Annual vaccination report of Bihar and Orissa - 1911-1928
Year: 1911
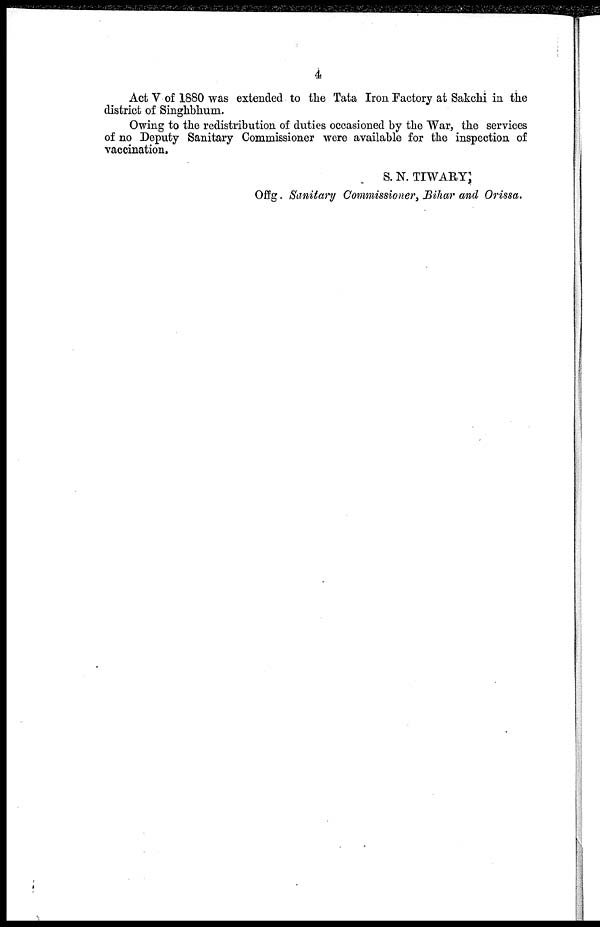
4
Act V of 1880 was extended to the Tata Iron Factory at Sakchi in the
district of Singhbhum.
Owing to the redistribution of duties occasioned by the War, the services
of no Deputy Sanitary Commissioner were available for the inspection of
vaccination.
S. N. TIWARY,
Offg. Sanitary Commissioner, Bihar and Orissa.